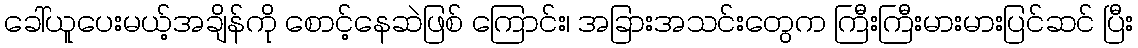
ခေါ်ယူပေးမယ့်အချိန်ကို စောင့်နေဆဲဖြစ် ကြောင်း၊ အခြားအသင်းတွေက ကြီးကြီးမားမားပြင်ဆင် ပြီး